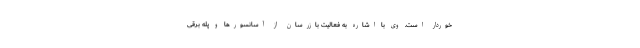
خوردار است. وی با اشاره به فعالیت بازرسان از آسانسورها و پله برقی